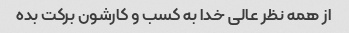
از همه نظر عالی خدا به کسب و کارشون برکت بده